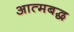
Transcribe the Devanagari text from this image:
आत्मबद्ध